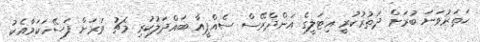
ހަތަރުވަނަ ބުރަށް ދަތުރުކުރީ އިޓަލީގެ އަންދްރޭސް ސެއްޕީއާ ބައްދަލުކުރި މެޗު ވަރަށް ފަސޭހަކަމާއެކު